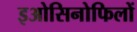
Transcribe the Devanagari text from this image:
इओसिनोफिलों